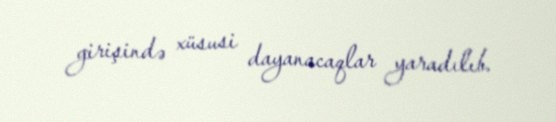
girişində xüsusi dayanacaqlar yaradılıb.